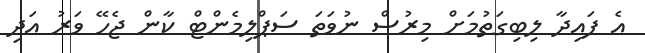
އެ ފައިދާ ލިބިގަތުމަށް މިރުސް ނުވަތަ ސަޕްލިމެންޓް ކާން ޖެހޭ ވަރު އަދި